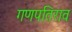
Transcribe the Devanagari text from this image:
गणपतिराव